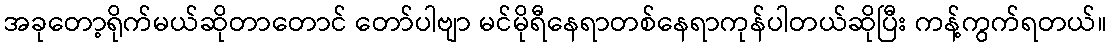
အခုတော့ရိုက်မယ်ဆိုတာတောင် တော်ပါဗျာ မင်မိုရီနေရာတစ်နေရာကုန်ပါတယ်ဆိုပြီး ကန့်ကွက်ရတယ်။